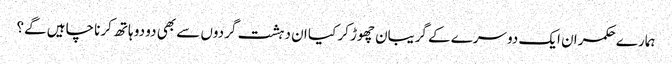
ہمارے حکمران ایک دوسرے کے گریبان چھوڑ کر کیا ان دہشت گردوں سے بھی دو دو ہاتھ کرنا چاہیں گے؟